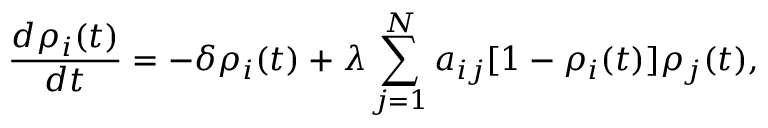
\frac { d \rho _ { i } ( t ) } { d t } = - \delta \rho _ { i } ( t ) + \lambda \sum _ { j = 1 } ^ { N } a _ { i j } [ 1 - \rho _ { i } ( t ) ] \rho _ { j } ( t ) ,